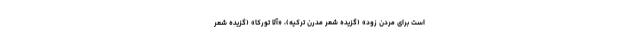
است برای مردن زود» (گزیده شعر مدرن ترکیه)، «آلا تورکا» (گزیده شعر